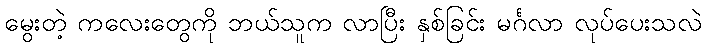
မွေးတဲ့ ကလေးတွေကို ဘယ်သူက လာပြီး နှစ်ခြင်း မင်္ဂလာ လုပ်ပေးသလဲ